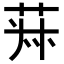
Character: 𦯂